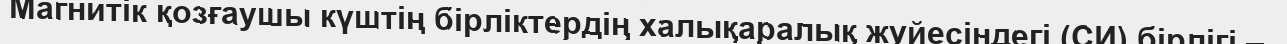
Магнитік қозғаушы күштің бірліктердің халықаралық жүйесіндегі (СИ) бірлігі —